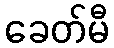
ခေတ်မီ